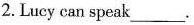
2. Lucy can speak___